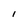
Character: I